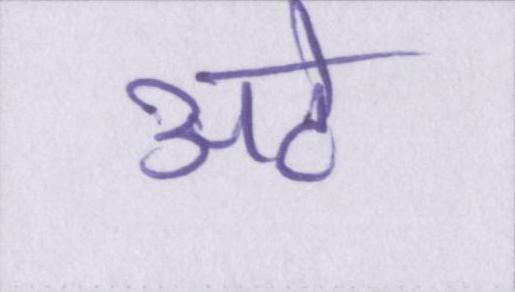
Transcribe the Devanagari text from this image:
अटे